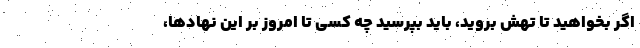
اگر بخواهید تا تهش بروید، باید بپرسید چه کسی تا امروز بر این نهادها،